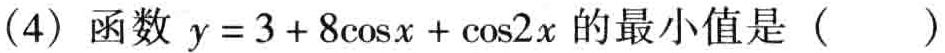
(4) 函数 \(y = 3 + 8\cos x+\cos2x\) 的最小值是（  ）